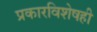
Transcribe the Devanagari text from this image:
प्रकारविशेषही